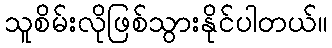
သူစိမ်းလိုဖြစ်သွားနိုင်ပါတယ်။